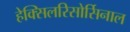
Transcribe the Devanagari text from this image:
हेक्सिलरिसोर्सिनाल